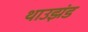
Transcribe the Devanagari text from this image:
थाउझंड